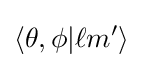
\langle \theta ,\phi |\ell m'\rangle